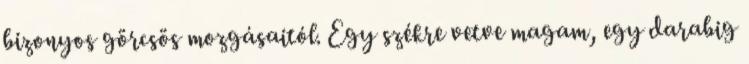
bizonyos görcsös mozgásaitól. Egy székre vetve magam, egy darabig